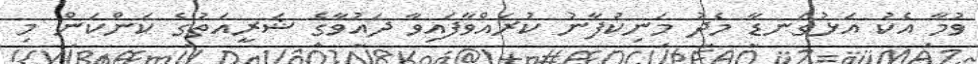
ވުމާ އެކު އަޅުގަނޑާ މެދު މަނިކުފާނު ކުރައްވާފައިވާ ދައުވާގެ ޝަރީއަތުގެ ކަންކަން މި